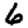
Digit: 6